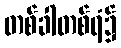
တစ်ခါတစ်ရံ၌